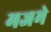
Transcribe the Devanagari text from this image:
मजमे